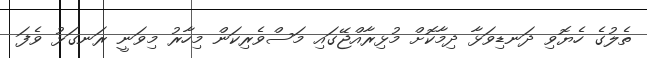
ތެލުގެ ހެޔޮވި ދަނޑިވަޅާ ދިމާކޮށް މުޅިރާއްޖޭގައި މަސްވެރިކަން މިހާރު މިވަނީ ރަނގަޅު ވެފަ